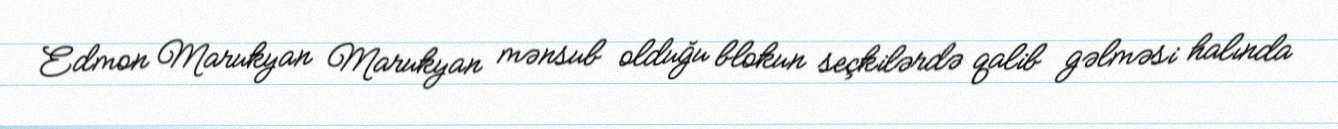
Edmon Marukyan Marukyan mənsub olduğu blokun seçkilərdə qalib gəlməsi halında